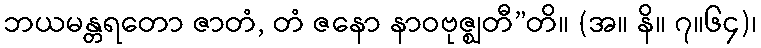
ဘယမန္တရတော ဇာတံ, တံ ဇနော နာဝဗုဇ္ဈတီ”တိ။ (အ။ နိ။ ၇။၆၄)၊